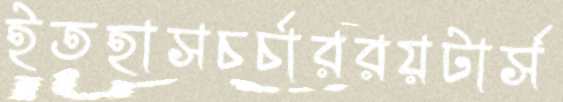
ইতহাসচর্চাররয়টার্স